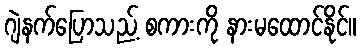
ဂျဲနက်ပြောသည့် စကားကို နားမထောင်နိုင်။